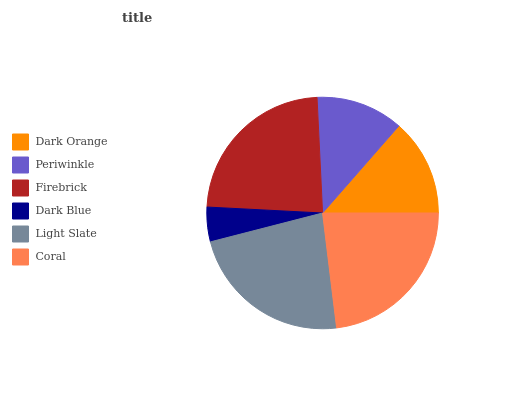
| Dark Orange | Periwinkle | Firebrick | Dark Blue | Light Slate | Coral |
 | --- | --- | --- | --- | --- | --- |
 | 13.6% | 12.2% | 23.4% | 4.82% | 22.9% | 23.1% |